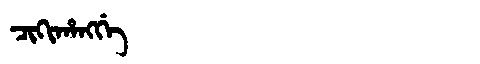
Manchu: ᠴᡳᡴᡳᡥᠠᠩᡤᡝ
Romanization: CIKIHANGGE